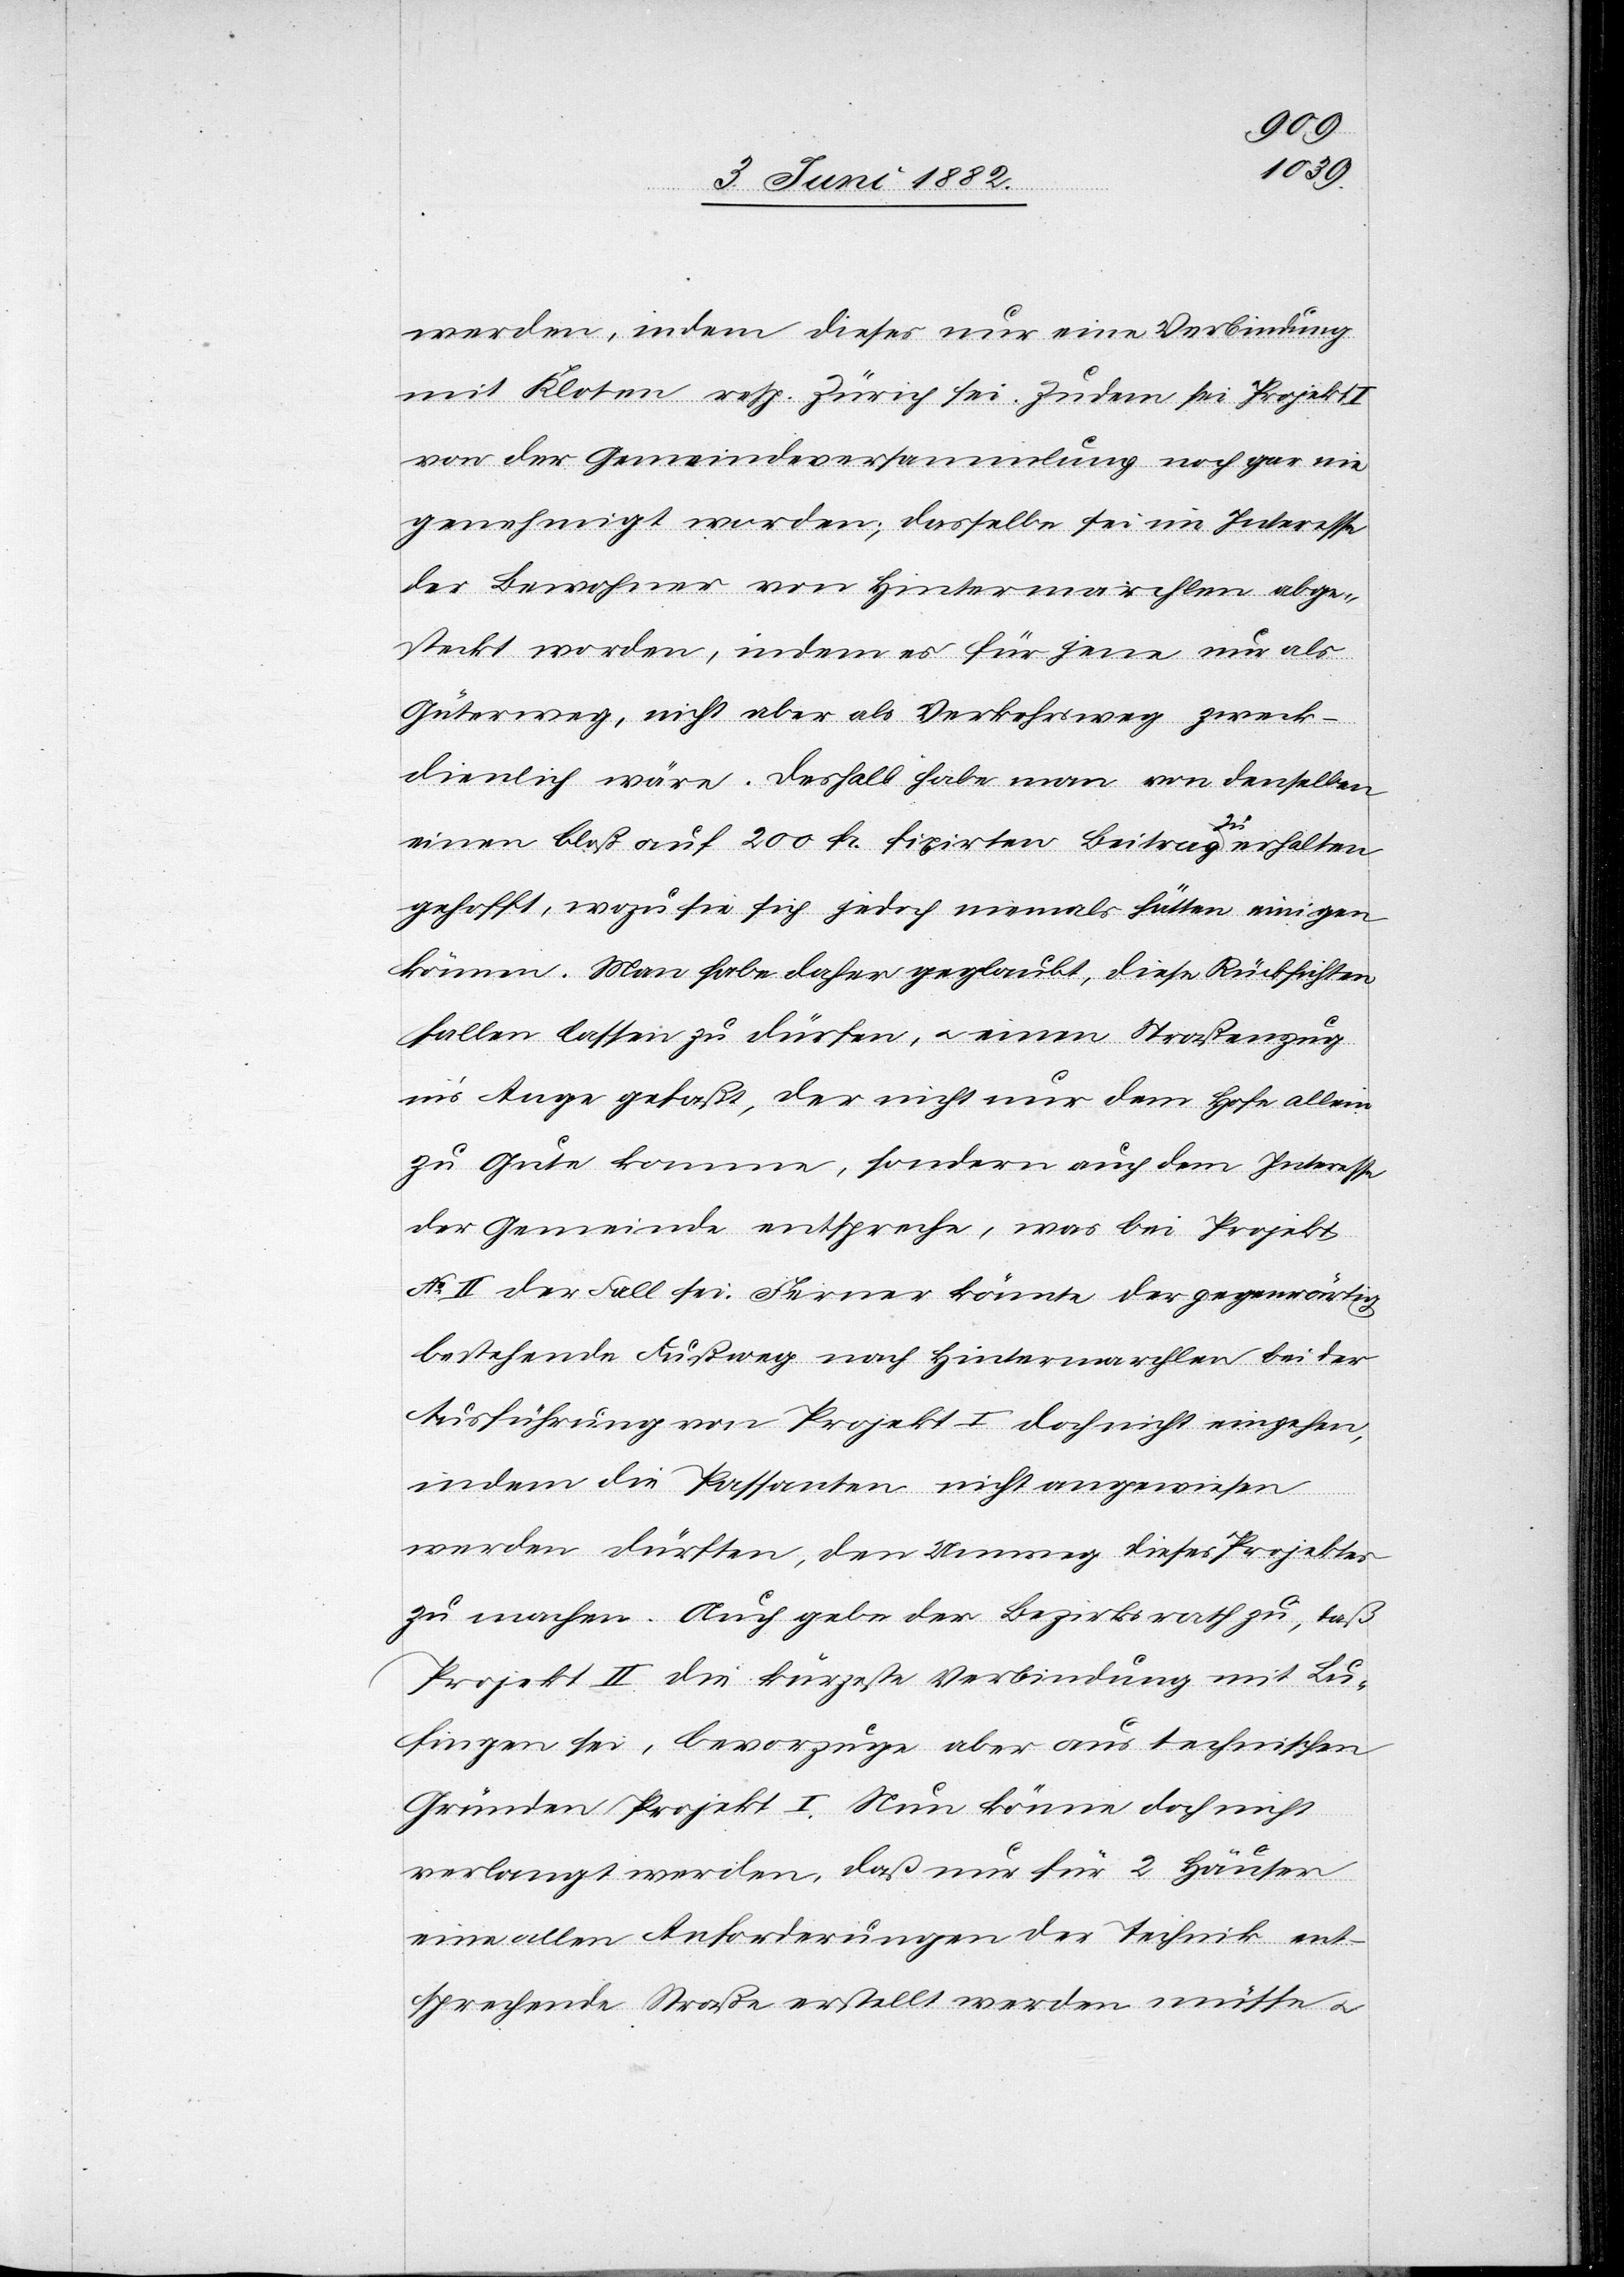
werden, indem dieses nur eine Verbindung
mit Kloten resp. Zürich sei. Zudem sei Projekt
von der Gemeindeversammlung noch gar nie
genehmigt worden; dasselbe sei im Interesse
der Bewohner von Hintermarchlen abge¬
steckt worden, indem es für jene nur als
Güterweg, nicht aber als Verkehrsweg zweck¬
dienlich wäre. Deshalb habe man von denselben
einen bloß auf 200 Fr. fixirten Beitrag zu erhalten
gehofft, wozu sie sich jedoch niemals hätten einigen
können. Man habe daher geglaubt, diese Rücksichten
fallen lassen zu dürfen, u. einen Straßenzug
in’s Auge gefaßt, der nicht nur dem Hofe allein
zu Gute komme, sondern auch dem Interesse
der Gemeinde entspreche, was bei Projekt
No II der Fall sei. Ferner könnte der gegenwärtig
bestehende Fußweg nach Hintermarchlen bei der
Ausführung von Projekt I doch nicht eingehen,
indem die Passanten nicht angewiesen
werden dürfen, den Umweg dieses Projektes
zu machen. Auch gebe der Bezirksrath zu, daß
Projekt II die kürzeste Verbindung mit Lu¬
fingen sei, bevorzuge aber aus technischen
Gründen Projekt I. Nun könne doch nicht
verlangt werden, daß nur für 2 Häuser
eine allen Anforderungen der Technik ent¬
sprechende Straße erstellt werden müsse u.